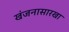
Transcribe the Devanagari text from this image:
खंजनासारखा